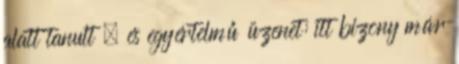
alatt tanult , és egyértelmű üzenet: itt bizony már